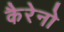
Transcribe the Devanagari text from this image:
कैरेनो